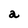
Character: a